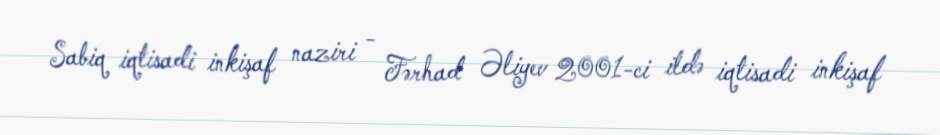
Sabiq iqtisadi inkişaf naziri - Fərhad Əliyev 2001-ci ildə iqtisadi inkişaf